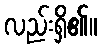
လည်းရှိ၏။